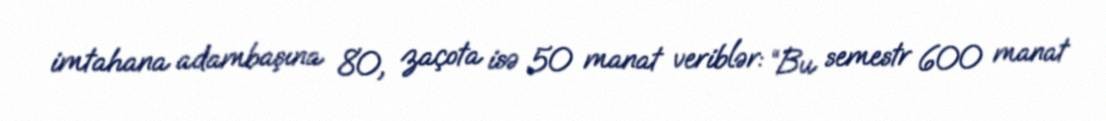
imtahana adambaşına 80, zaçota isə 50 manat veriblər: “Bu semestr 600 manat